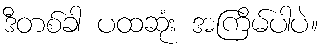
ဒီတစ်ခါ ပထဆုံး အကြိမ်ပါပဲ။